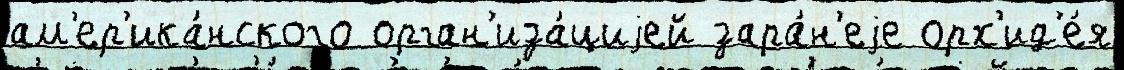
ам'ер'ика́нского орган'иза́циjей зара́н'еjе орх'ид'е́я